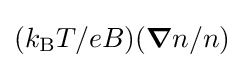
(k_{\text{B}}T/eB)({\boldsymbol {\nabla }}n/n)